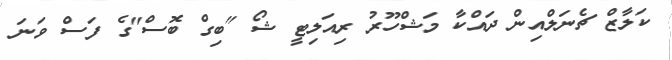
ކަލާޒް ޗެނަލްއިން ދައްކާ މަޝްހޫރު ރިއަލިޓީ ޝޯ "ބިގް ބޮސް"ގެ ފަސް ވަނަ